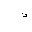
Letter: _thal